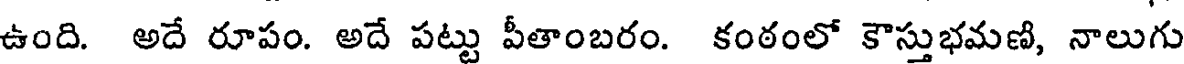
ఉంది. అదే రూపం. అదే పట్టు పీతాంబరం. కంఠంలో కౌస్తుభమణి, నాలుగు